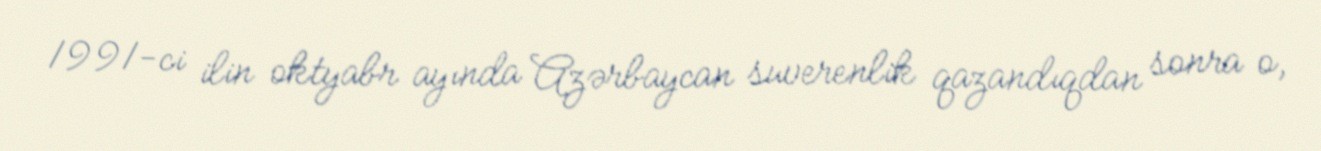
1991-ci ilin oktyabr ayında Azərbaycan suverenlik qazandıqdan sonra o,